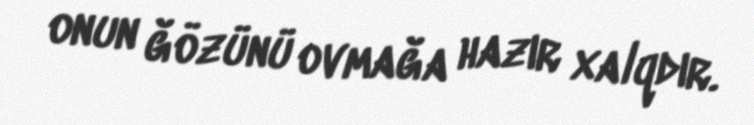
onun ğözünü ovmağa hazır xalqdır.